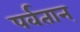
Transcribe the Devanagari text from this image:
पर्वतान्